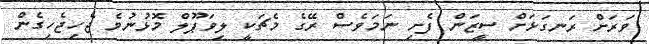
ވަރަށް ރަނގަޅަށް ސީޒަން ފެށި ނަމަވެސް ރޭގެ މެޗަކީ ލިވަޕޫލް މޮޅުނުވެ ޖެހިޖެހިގެން